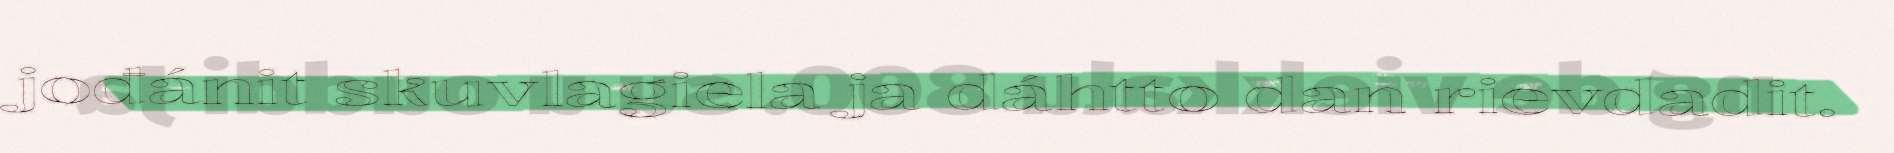
jođánit skuvlagiela ja dáhtto dan rievdadit.